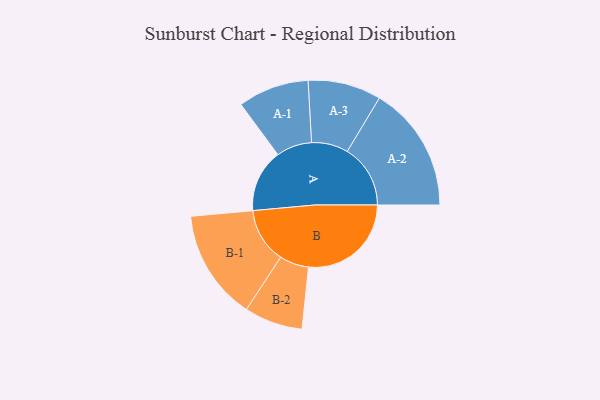
{"axis": {"x": "Segment", "y": "Value"}, "legend": ["", "A", "B"], "data": [{"x": "A", "y": 299, "type": ""}, {"x": "B", "y": 488, "type": ""}, {"x": "A-1", "y": 169, "type": "A"}, {"x": "A-2", "y": 300, "type": "A"}, {"x": "A-3", "y": 174, "type": "A"}, {"x": "B-1", "y": 262, "type": "B"}, {"x": "B-2", "y": 139, "type": "B"}]}